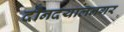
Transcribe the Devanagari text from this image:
दीनदयालनगर